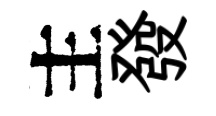
主發